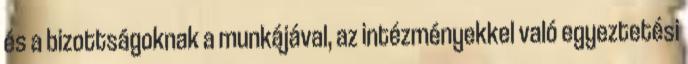
és a bizottságoknak a munkájával, az intézményekkel való egyeztetési